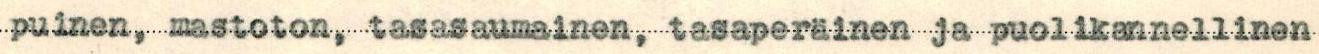
puinen, mastoton, tasasaumainen, tasaperäinen ja puolikannellinen